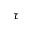
\tau